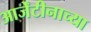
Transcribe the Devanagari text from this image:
आर्जेंटीनाच्या